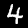
Label: 4